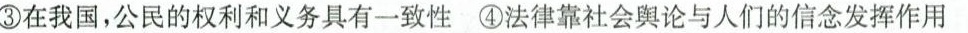
③在我国，公民的权利和义务具有一致性 ④法律靠社会舆论与人们的信念发挥作用